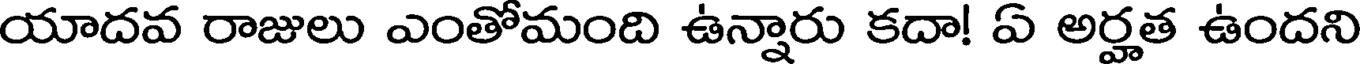
యాదవ రాజులు ఎంతోమంది ఉన్నారు కదా! ఏ అర్హత ఉందని